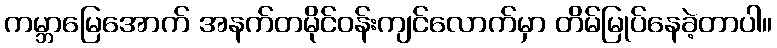
ကမ္ဘာမြေအောက် အနက်တမိုင်ဝန်းကျင်လောက်မှာ တိမ်မြုပ်နေခဲ့တာပါ။